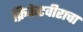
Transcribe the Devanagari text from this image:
क्रिकेटवीराचा